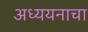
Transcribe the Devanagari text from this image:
अध्ययनाचा